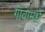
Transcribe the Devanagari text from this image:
गांवामधे